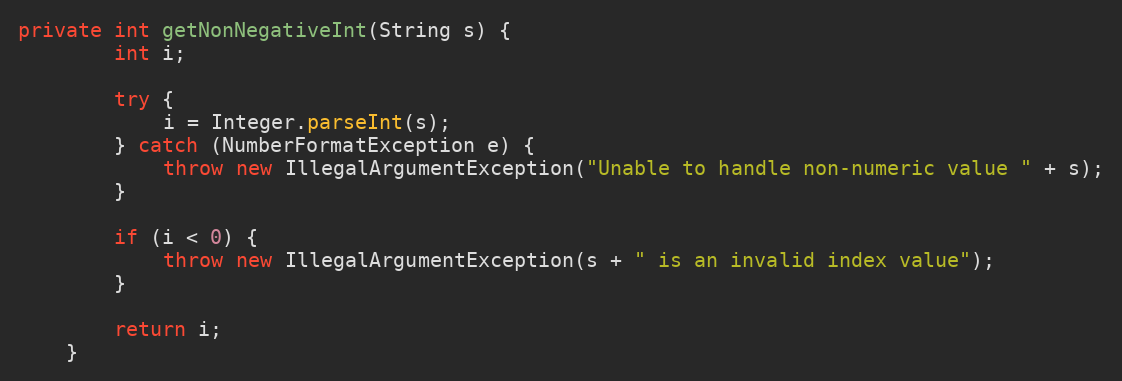
Language: Java
private int getNonNegativeInt(String s) {
        int i;

        try {
            i = Integer.parseInt(s);
        } catch (NumberFormatException e) {
            throw new IllegalArgumentException("Unable to handle non-numeric value " + s);
        }

        if (i < 0) {
            throw new IllegalArgumentException(s + " is an invalid index value");
        }

        return i;
    }